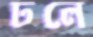
ঢলে